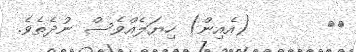
٣١       (އެއިން) ހިޔަލެއްވެސް ނުދެތެވެ.